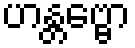
ဟန္တဗ္ဗော